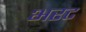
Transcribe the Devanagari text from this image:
भरट